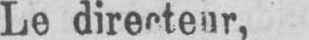
Le directeur,